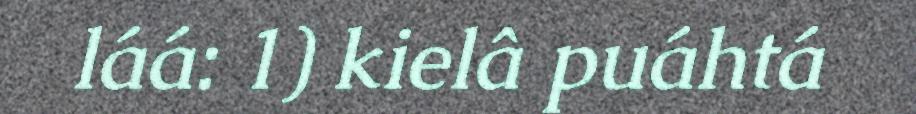
láá: 1) kielâ puáhtá